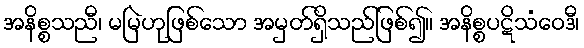
အနိစ္စသညီ၊ မမြဲဟုဖြစ်သော အမှတ်ရှိသည်ဖြစ်၍။ အနိစ္စပဋိသံဝေဒီ၊